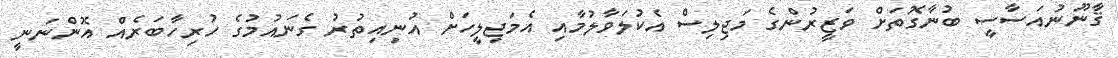
ޤާނޫނުއަސާސީ ބުނާގޮތަށް ވަޒީރުންގެ މަޖިލިސް އެކުލަވާލުމާއި އެމަޖިލީހަށް އުނިއިތުރު ގެނައުމުގެ ހުރިހާބަރެއް އޮންނަނީ